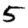
Digit: 5